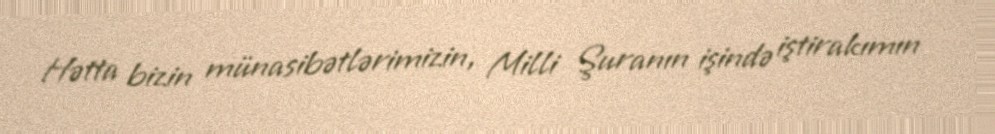
Hətta bizin münasibətlərimizin, Milli Şuranın işində iştirakımın